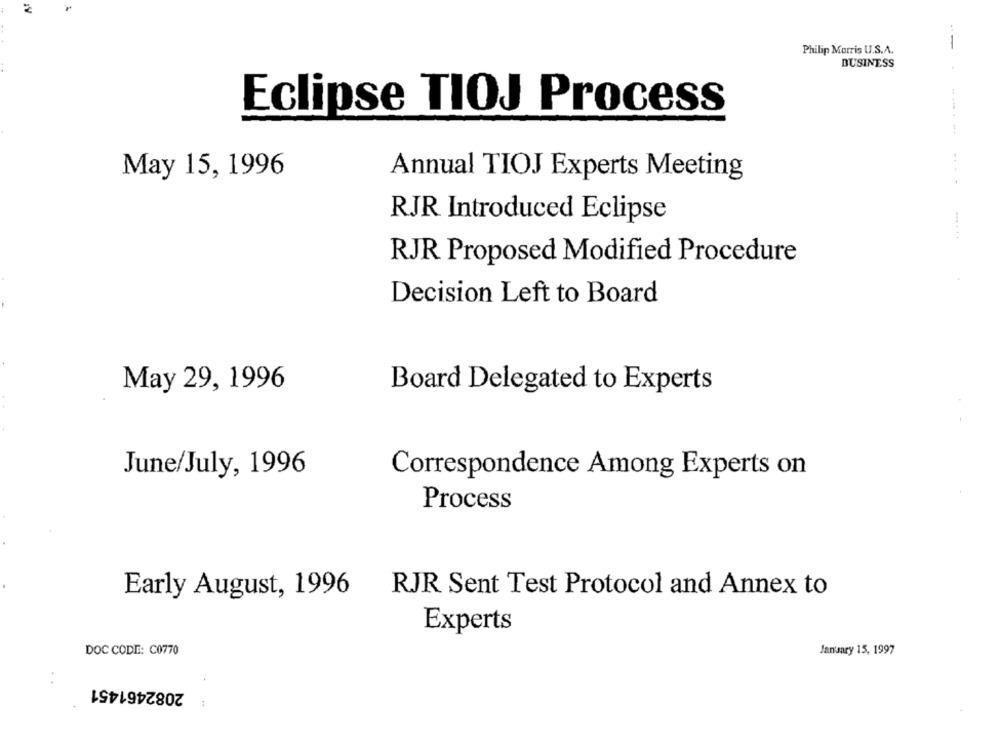
Philip Morris U.S.A.
BUSINESS
Eclipse TIOJ Process
May 15, 1996
Annual TIOJ Experts Meeting
....... ....
RJR Introduced Eclipse
RJR Proposed Modified Procedure
Decision Left to Board
May 29, 1996
Board Delegated to Experts
June/July, 1996
Correspondence Among Experts on
Process
Early August, 1996
RJR Sent Test Protocol and Annex to
Experts
DOC CODE: C0770
January 15, 1997
..
2082461451